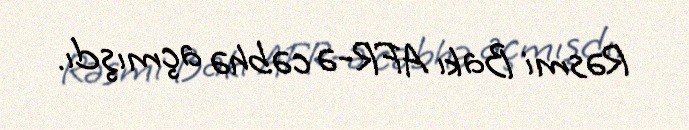
Rəsmi Bakı AFR-ə cəbhə açmışdı.